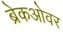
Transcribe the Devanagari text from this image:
ब्रेकओवर